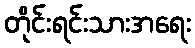
တိုင်းရင်းသားအရေး